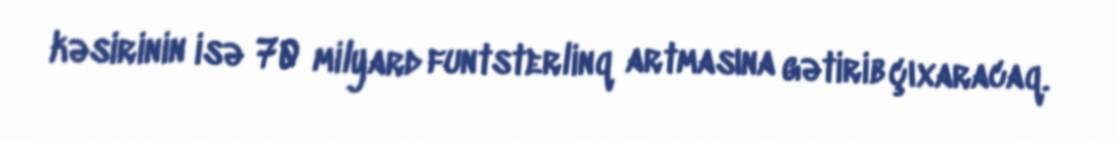
kəsirinin isə 70 milyard funtsterlinq artmasına gətirib çıxaracaq.